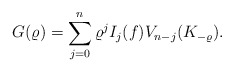
\begin{align*}G(\varrho)=\sum_{j=0}^{n} \varrho^{j}I_j(f)V_{n-j}(K_{-\varrho}).\end{align*}